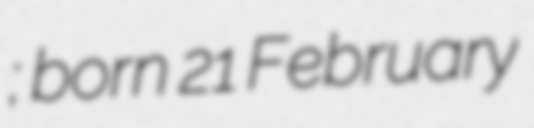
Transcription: Арлашин; born 21 February